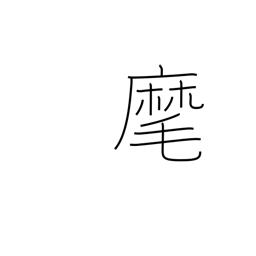
Meaning: beckon to